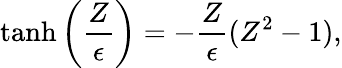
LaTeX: \operatorname{tanh}\left(\frac{Z}{\epsilon}\right)=-\frac{Z}{\epsilon}(Z^{2}-1),